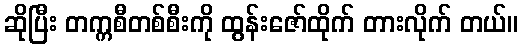
ဆိုပြီး တက္ကစီတစ်စီးကို ထွန်းဇော်ထိုက် တားလိုက် တယ်။